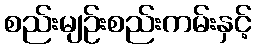
စည်းမျဉ်းစည်းကမ်းနှင့်